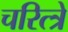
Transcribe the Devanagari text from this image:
चरित्त्रे